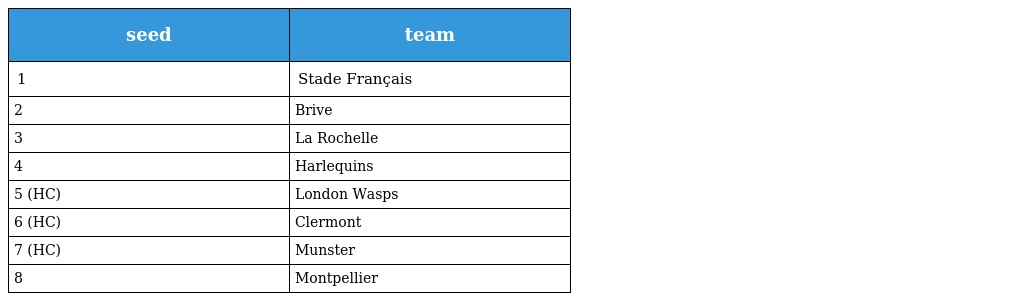
| seed | team |
 | --- | --- |
 | 1 | Stade Français |
 | 2 | Brive |
 | 3 | La Rochelle |
 | 4 | Harlequins |
 | 5 (HC) | London Wasps |
 | 6 (HC) | Clermont |
 | 7 (HC) | Munster |
 | 8 | Montpellier |